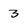
Character: 3